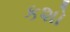
કશો